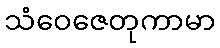
သံဝေဇေတုကာမာ